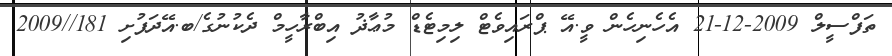
ތަފްސީލް 2009-12-21 އެހެނިހެން ވީ.އޭ ޕްރައިވެޓް ލިމިޓެޑް މުޢާޛު އިބްރާހީމް ދެކުނުގެ/ބ.އޭދަފުށި 181//2009